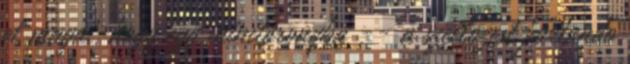
el magat, hogy egy minitoronyba -- a szellozest javitando